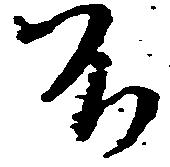
不